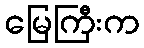
မြေကြီးက